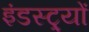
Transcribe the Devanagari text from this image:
इंडस्ट्र्यों